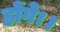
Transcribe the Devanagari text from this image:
होंगे।।